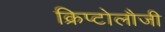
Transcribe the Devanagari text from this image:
क्रिप्टोलौजी